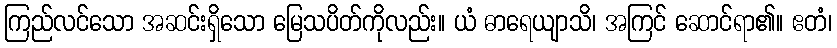
ကြည်လင်သော အဆင်းရှိသော မြေသပိတ်ကိုလည်း။ ယံ ဓာရေယျာသိ၊ အကြင် ဆောင်ရာ၏။ ဧတံ၊